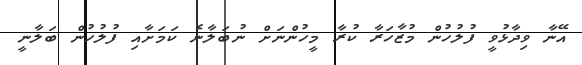
އޭނާ ވިދާޅުވީ ފުލުހުން މުޒާހަރާ ކުރާ މީހުންނަށް ނުބަލާނެ ކަމަށާއި ފުލުހުން ބަލާނީ